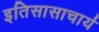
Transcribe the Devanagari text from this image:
इतिसासाचार्य